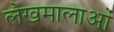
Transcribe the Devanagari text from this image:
लेखमालाओं